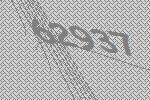
62937